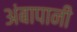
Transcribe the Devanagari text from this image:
अंबापानी